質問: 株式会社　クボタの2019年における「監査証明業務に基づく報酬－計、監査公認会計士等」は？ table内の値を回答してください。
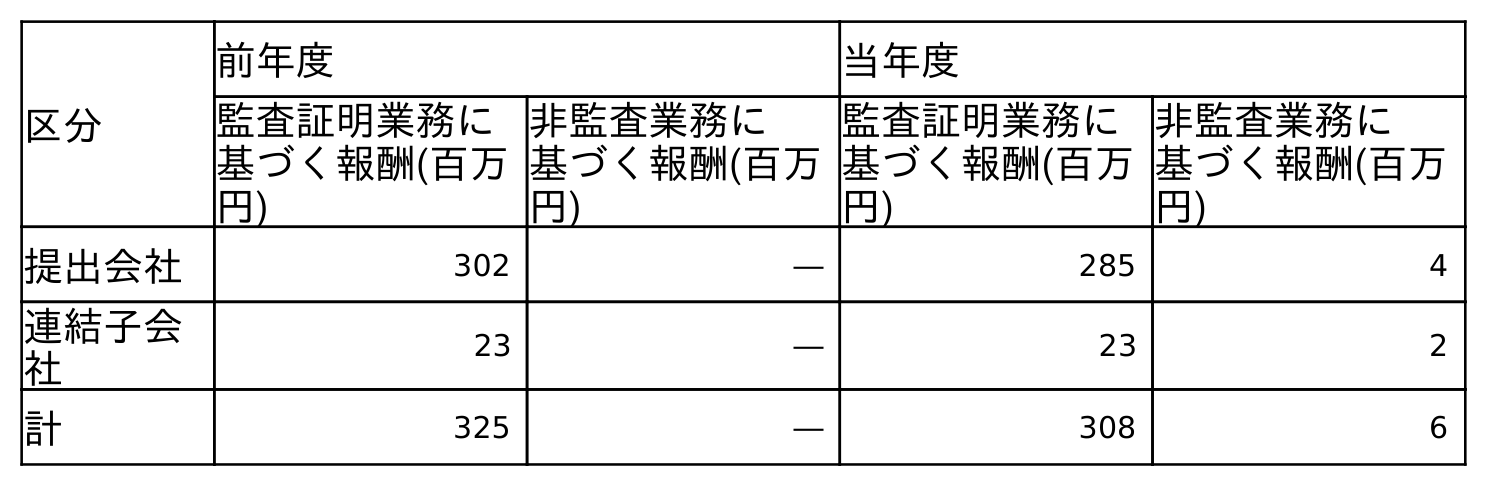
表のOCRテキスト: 区分 前年度 当年度 監査証明業務に 基づく報酬(百万 円) 非監査業務に 基づく報酬(百万 円) 監査証明業務に 基づく報酬(百万 円) 非監査業務に 基づく報酬(百万 円) 提出会社 302 ― 285 4 連結子会 社 23 ― 23 2 計 325 ― 308 6
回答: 325